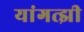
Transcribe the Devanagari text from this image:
यांगत्झी